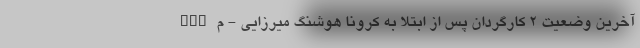
nan آخرین وضعیت 2 کارگردان پس از ابتلا به کرونا هوشنگ میرزایی - م